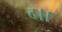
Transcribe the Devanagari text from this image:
द।।